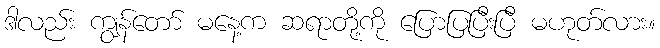
ဒါလည်း ကျွန်တော် မနေ့က ဆရာတို့ကို ပြောပြပြီးပြီ မဟုတ်လား။